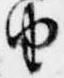
由